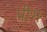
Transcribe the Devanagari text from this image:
पीभ